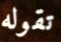
تقوله